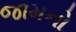
જામનો